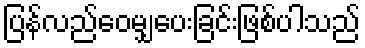
ပြန်လည်ဝေမျှပေးခြင်းဖြစ်ပါသည်